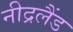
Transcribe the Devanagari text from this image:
नीद्रलैंड